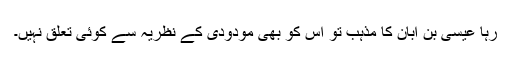
رہا عیسیٰ بن ابان کا مذہب تو اس کو بھی مودودی کے نظریہ سے کوئی تعلق نہیں۔